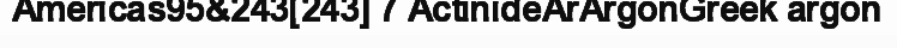
Americas95&243[243] 7 ActinideArArgonGreek argon